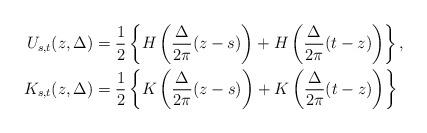
LaTeX: \begin{align*}U_{s,t}(z, \Delta)&= \frac{1}{2} \left\{ H \left(\frac{\Delta}{2\pi}(z-s)\right) + H \left(\frac{\Delta}{2\pi}(t-z)\right) \right\}, \\K_{s,t}(z, \Delta)&= \frac{1}{2} \left\{ K \left(\frac{\Delta}{2\pi}(z-s)\right) + K \left(\frac{\Delta}{2\pi}(t-z)\right) \right\} \end{align*}